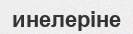
инелеріне